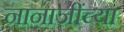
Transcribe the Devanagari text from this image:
नानाजींच्या